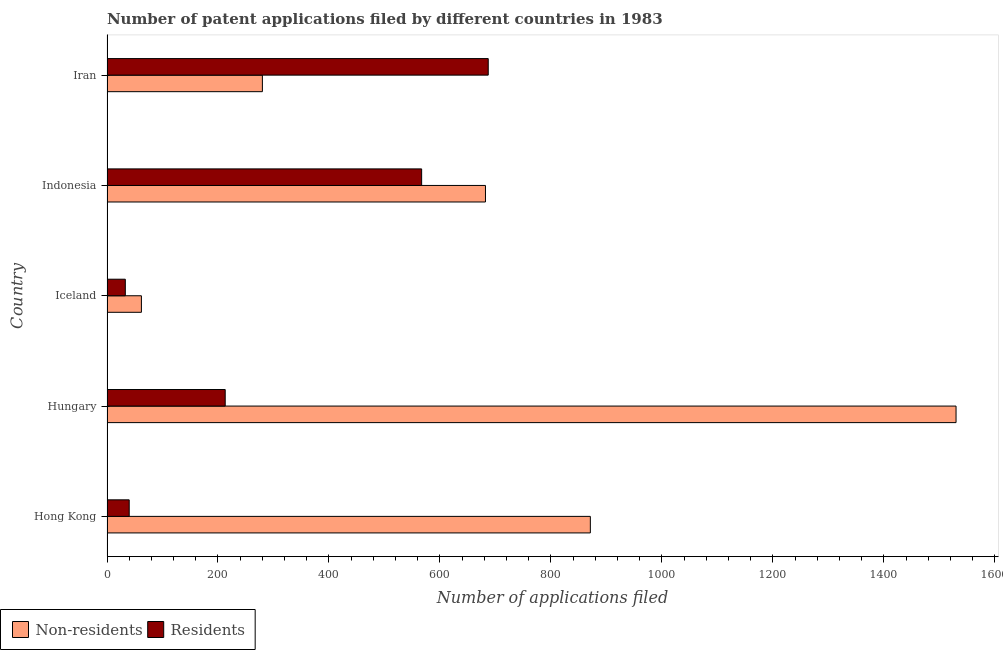
| Country | Non-residents | Residents |
 | --- | --- | --- |
 | Hong Kong | 871 | 40 |
 | Hungary | 1.53e+03 | 213 |
 | Iceland | 62 | 33 |
 | Indonesia | 682 | 567 |
 | Iran | 280 | 687 |